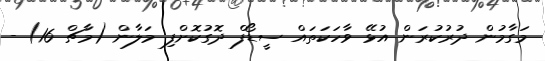
މަގާމުން ދުރުކުރަން އުޅޭ ވާހަކަތައް ސީޑޯފް ދޮގުކޮށްފި މަލާން (މާޗް 16) -